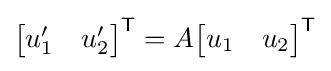
{\textstyle {\begin{bmatrix}u'_{1}&u'_{2}\end{bmatrix}}^{\textsf {T}}=A{\begin{bmatrix}u_{1}&u_{2}\end{bmatrix}}^{\textsf {T}}}